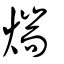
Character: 煓